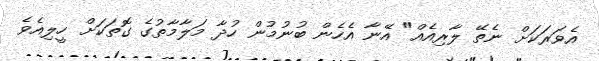
އެވަރަކަށް ނެތޭ ލާރިއެއް" އޭނާ އެހެން ބުނުމުން ހުދާ މަލާމާތުގެ ގޮތަކަށް ހީލިއެވެ